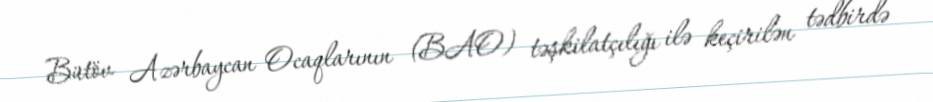
Bütöv Azərbaycan Ocaqlarının (BAO) təşkilatçılığı ilə keçirilən tədbirdə